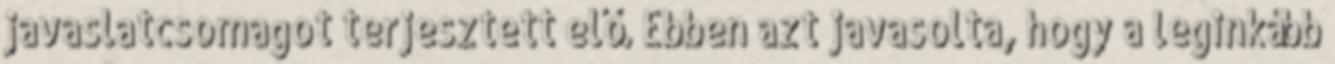
javaslatcsomagot terjesztett elő. Ebben azt javasolta, hogy a leginkább